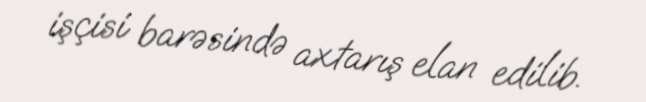
işçisi barəsində axtarış elan edilib.